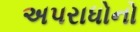
અપરાધોનો